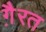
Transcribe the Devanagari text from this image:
गै़रत